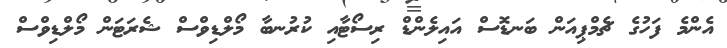
އެންމެ ފަހުގެ ޗެމްޕިއަން ބަނޑޮސް އައިލެންޑް ރިސޯޓާއި ކުރުނބާ މޯލްޑިވްސް ޝެރަޓަން މޯލްޑިވްސް